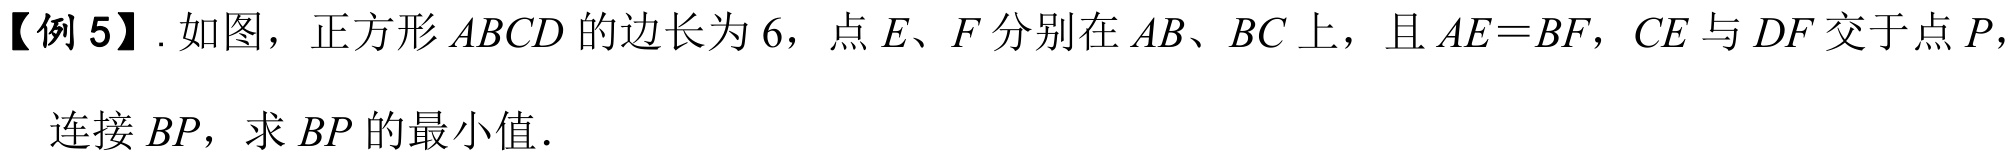
【例 5】. 如图，正方形 \(ABCD\) 的边长为 \(6\)，点 \(E\)、\(F\) 分别在 \(AB\)、\(BC\) 上，且 \(AE = BF\)，\(CE\) 与 \(DF\) 交于点 \(P\)，
连接 \(BP\)，求 \(BP\) 的最小值．